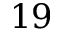
1 9